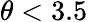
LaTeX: \theta<3.5